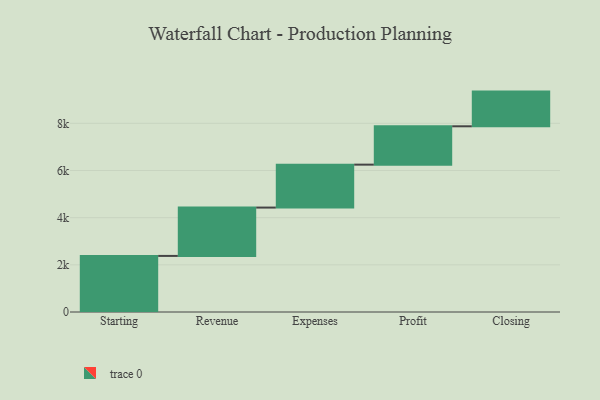
{"axis": {"x": "Step", "y": "Value"}, "legend": [""], "data": [{"x": "Starting", "y": 2378.0, "type": ""}, {"x": "Revenue", "y": 2050.0, "type": ""}, {"x": "Expenses", "y": 1820.0, "type": ""}, {"x": "Profit", "y": 1626.0, "type": ""}, {"x": "Closing", "y": 1471.0, "type": ""}]}